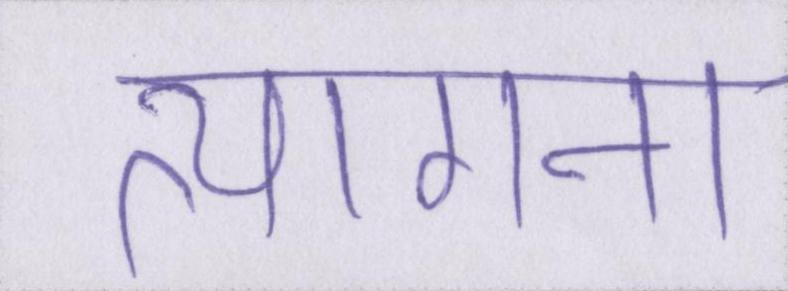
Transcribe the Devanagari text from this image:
त्यागना